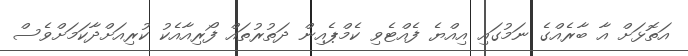
އަތޮޅަށް އާ ބާރެއްގެ ނަމުގައި އިއްޔެ ފެއްޓެވި ކެމްޕެއިން ދަތުރުތައް ފޯރިއާއެކު ކުރިއަށްދާކަމަށްވެސް